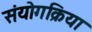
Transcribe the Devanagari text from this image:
संयोगक्रिया